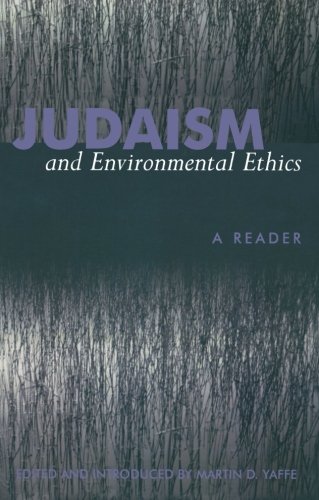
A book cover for Judaism and Environmental Ethics: A Reader; Christian Books & Bibles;